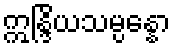
ဣန္ဒြိယသမ္ပန္နော